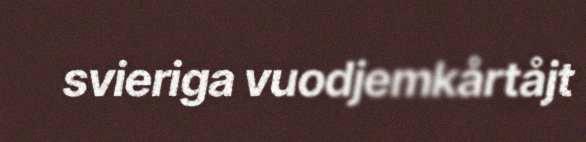
svieriga vuodjemkårtåjt